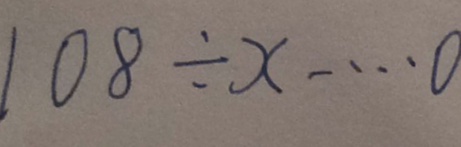
1 0 8 \div x \cdots 0